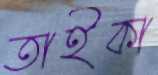
তাইকা